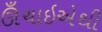
ઊઁચાઇએથી